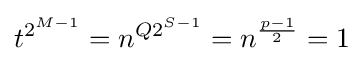
t^{2^{M-1}}=n^{Q2^{S-1}}=n^{\frac {p-1}{2}}=1